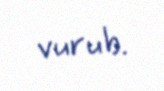
vurub.